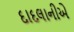
દાદલાનીએ